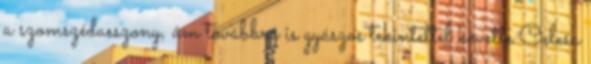
a szomszédasszony, ám továbbra is gyászos tekintettel követte Celesa